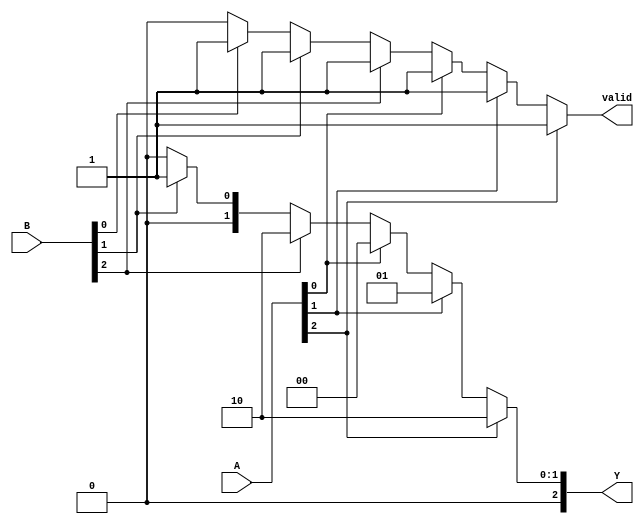
module dual_priority_encoder (
    input wire [2:0] A,  // Set A inputs: A0, A1, A2
    input wire [2:0] B,  // Set B inputs: B0, B1, B2
    output reg [2:0] Y,   // Output: Encoded index
    output reg valid      // Validity output
);

    always @(*) begin
        // Default outputs
        Y = 3'b000; // Default to 0
        valid = 1'b0; // Default to invalid

        // Check Set A first (higher priority)
        if (A[2]) begin
            Y = 3'b010; // A2 is active
            valid = 1'b1;
        end else if (A[1]) begin
            Y = 3'b001; // A1 is active
            valid = 1'b1;
        end else if (A[0]) begin
            Y = 3'b000; // A0 is active
            valid = 1'b1;
        end 
        // If no active inputs in Set A, check Set B
        else if (B[2]) begin
            Y = 3'b010; // B2 is active
            valid = 1'b1;
        end else if (B[1]) begin
            Y = 3'b001; // B1 is active
            valid = 1'b1;
        end else if (B[0]) begin
            Y = 3'b000; // B0 is active
            valid = 1'b1;
        end
    end
endmodule